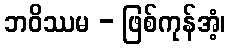
ဘဝိဿမ - ဖြစ်ကုန်အံ့၊